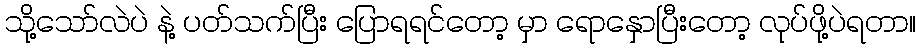
သို့သော်လဲပဲ နဲ့ ပတ်သက်ပြီး ပြောရရင်တော့ မှာ ရောနှောပြီးတော့ လုပ်ဖို့ပဲရတာ။